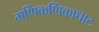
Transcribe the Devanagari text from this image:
मणिकणिंकाघाट